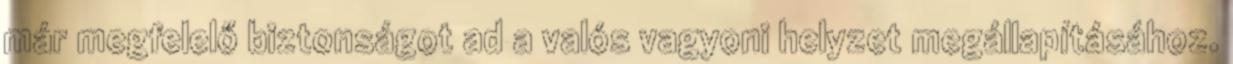
már megfelelő biztonságot ad a valós vagyoni helyzet megállapításához.